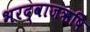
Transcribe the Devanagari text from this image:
भरद्वाजऋषि